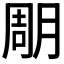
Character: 𣍼